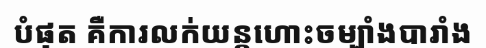
បំផុត គឺការលក់យន្តហោះចម្បាំងបារាំង